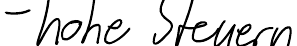
- hohe Steuern